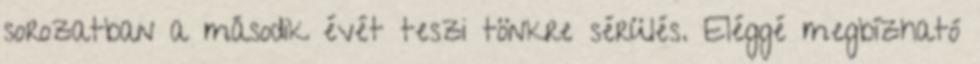
sorozatban a második évét teszi tönkre sérülés. Eléggé megbízható